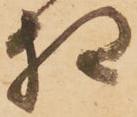
相